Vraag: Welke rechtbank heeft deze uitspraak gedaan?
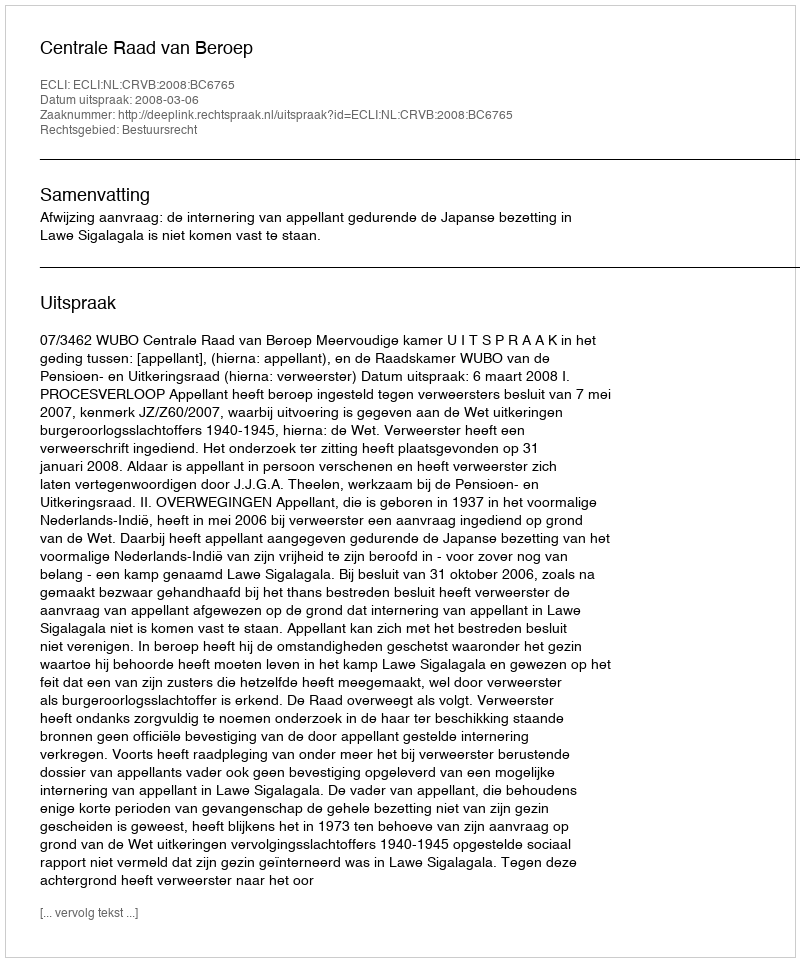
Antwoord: Centrale Raad van Beroep